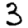
Digit: 3